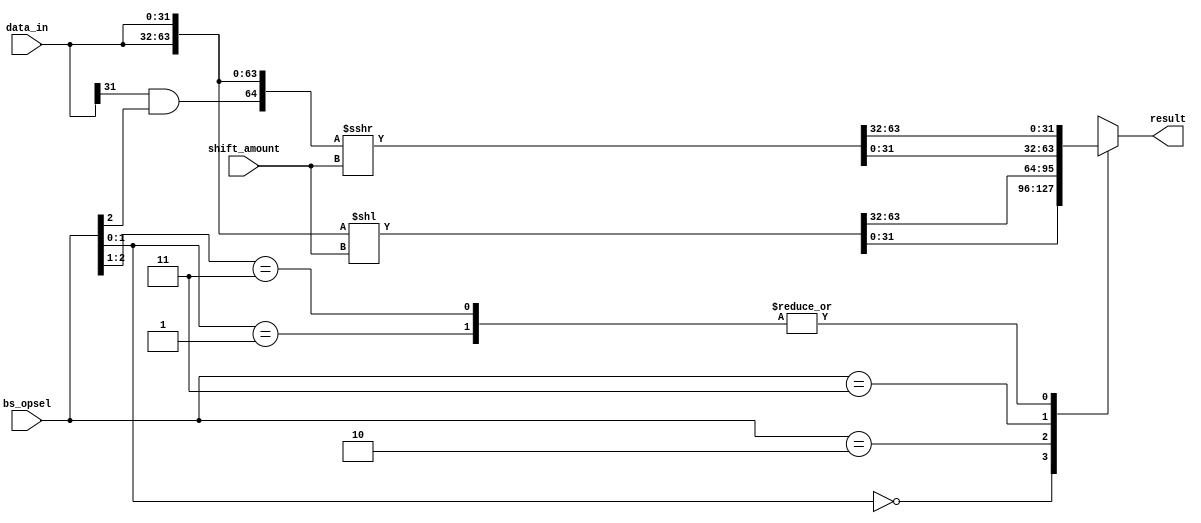
`timescale 1ns/1ps
`define SLL 3'b?00
`define SRL 3'b?01
`define ROL 3'b010
`define ROR 3'b011
`define SRA 3'b11?

module lab3_barrel_shifter(bs_opsel, shift_amount, data_in, result);

input  [2:0]  bs_opsel;
input  [4:0]  shift_amount;
input  [31:0] data_in;
output reg[31:0] result;

wire [63:0] data_mod, data_mod2;
wire arithm, is_arithm_shift;	

assign data_mod = {data_in, data_in} << shift_amount;

assign is_arithm_shift = bs_opsel[2];					 //***code part taken from Vadim Kharchuk
assign arithm = data_in[31] & is_arithm_shift;				//***
assign data_mod2 = $signed({arithm, data_in, data_in}) >>> shift_amount;	


always @* begin

	casez(bs_opsel)
		`SRL:  result = data_mod2[63:32];
		`SLL:  result = data_mod[31:0];
		`ROL:  result = data_mod[63:32];
		`ROR:  result = data_mod2[31:0];
		`SRA:  result = data_mod2[63:32];
	endcase
end

endmodule